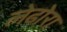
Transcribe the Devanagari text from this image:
लेढोरा